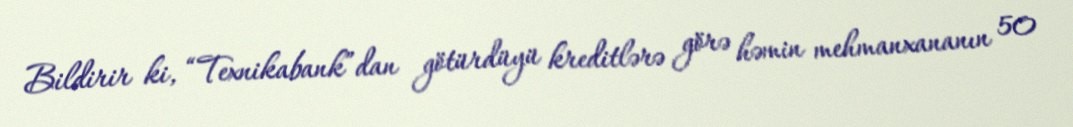
Bildirir ki, “Texnikabank”dan götürdüyü kreditlərə görə həmin mehmanxananın 50